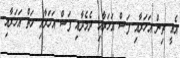
އެއީ ތިން އަހަރާއި ފަސް އަހަރާއި ދެމެދާއި ފަސް އަހަރާއި ހަތް އަހަރާއި